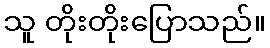
သူ တိုးတိုးပြောသည်။